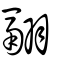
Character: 翮